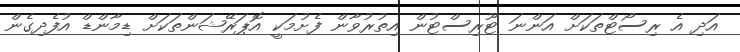
އަދި އެ ރިސޯޓްތަކަށް އަންނަ ޓޫރިސްޓުން އިތުރުވާން ފެށުމަކީ އޮޕަރޭޝަންތަކަށް ޑިމާންޑް އުފެދިގެން